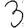
Digit: 3